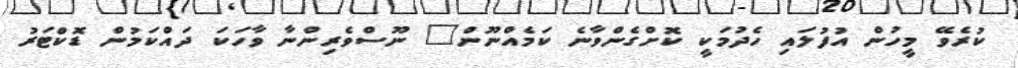
ކުރެވޭ މީހުން އުފުލައި ހެދުމަކީ ކޮށްގެންވާނެ ކަމެއްނޫން" ނޫސްވެރިންނާ ވާހަކަ ދައްކަމުން ޑޮކްޓަރު